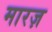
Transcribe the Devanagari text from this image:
मारज़